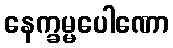
နေက္ခမ္မပေါဏော